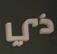
ذي